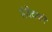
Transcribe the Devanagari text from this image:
संवेदको